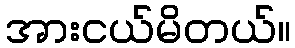
အားငယ်မိတယ်။